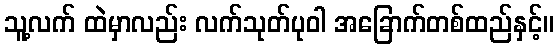
သူ့လက် ထဲမှာလည်း လက်သုတ်ပုဝါ အခြောက်တစ်ထည်နှင့်။